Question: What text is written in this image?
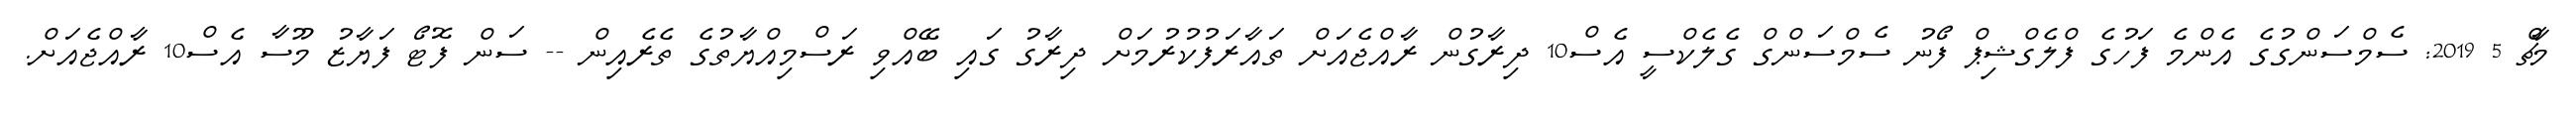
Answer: މާޗް 5 2019: ސެމްސަންގުގެ އެންމެ ފަހުގެ ފްލެގްޝިޕް ފޯނު ސެމްސަންގް ގެލެކްސީ އެސް10 ދިރާގުން ރާއްޖެއަށް ތައާރަފުކުރުމަށް ދިރާގު ގައި ބޭއްވި ރަސްމިއްޔާތުގެ ތެރެއިން -- ސަން ފޮޓޯ ފަޔާޒު މޫސާ އެސް10 ރާއްޖެއަށް.